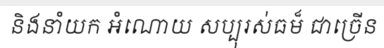
និងនាំយក អំណោយ សប្បុរស់ធម៏ ជាច្រើន